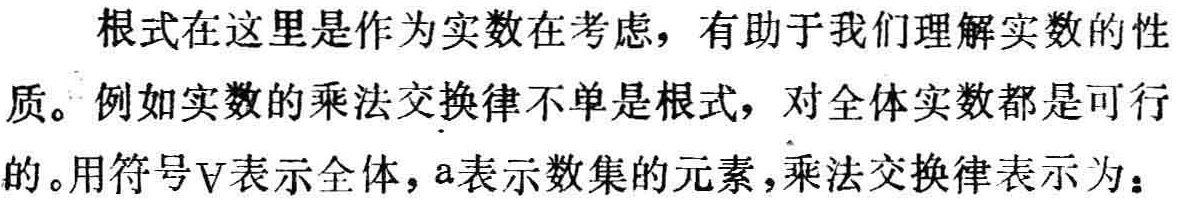
根式在这里是作为实数在考虑，有助于我们理解实数的性质。例如实数的乘法交换律不单是根式，对全体实数都是可行的。用符号$\forall$表示全体，$a$表示数集的元素，乘法交换律表示为：